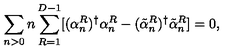
\sum _ { n > 0 } n \sum _ { R = 1 } ^ { D - 1 } [ ( \alpha _ { n } ^ { R } ) ^ { \dag } \alpha _ { n } ^ { R } - ( \tilde { \alpha } _ { n } ^ { R } ) ^ { \dag } \tilde { \alpha } _ { n } ^ { R } ] = 0 ,